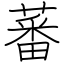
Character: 蕃